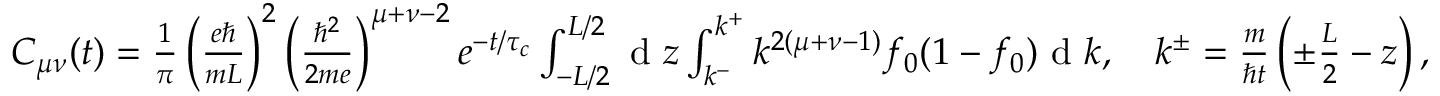
\begin{array} { r } { C _ { \mu \nu } ( t ) = \frac { 1 } { \pi } \left( \frac { e \hbar } { m L } \right) ^ { 2 } \left( \frac { \hbar ^ { 2 } } { 2 m e } \right) ^ { \mu + \nu - 2 } e ^ { - t / \tau _ { c } } \int \displaylimits _ { - L / 2 } ^ { L / 2 } \textrm { d } z \int \displaylimits _ { k ^ { - } } ^ { k ^ { + } } k ^ { 2 ( \mu + \nu - 1 ) } f _ { 0 } ( 1 - f _ { 0 } ) \textrm { d } k , \quad k ^ { \pm } = \frac { m } { \hbar t } \left( \pm \frac { L } { 2 } - z \right) , } \end{array}